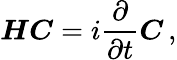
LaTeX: \boldsymbol{H}\boldsymbol{C}=i\frac{\partial}{\partial t}\boldsymbol{C}\, ,